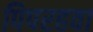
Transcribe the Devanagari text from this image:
पिपरहवा